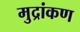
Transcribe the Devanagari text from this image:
मुद्रांकण